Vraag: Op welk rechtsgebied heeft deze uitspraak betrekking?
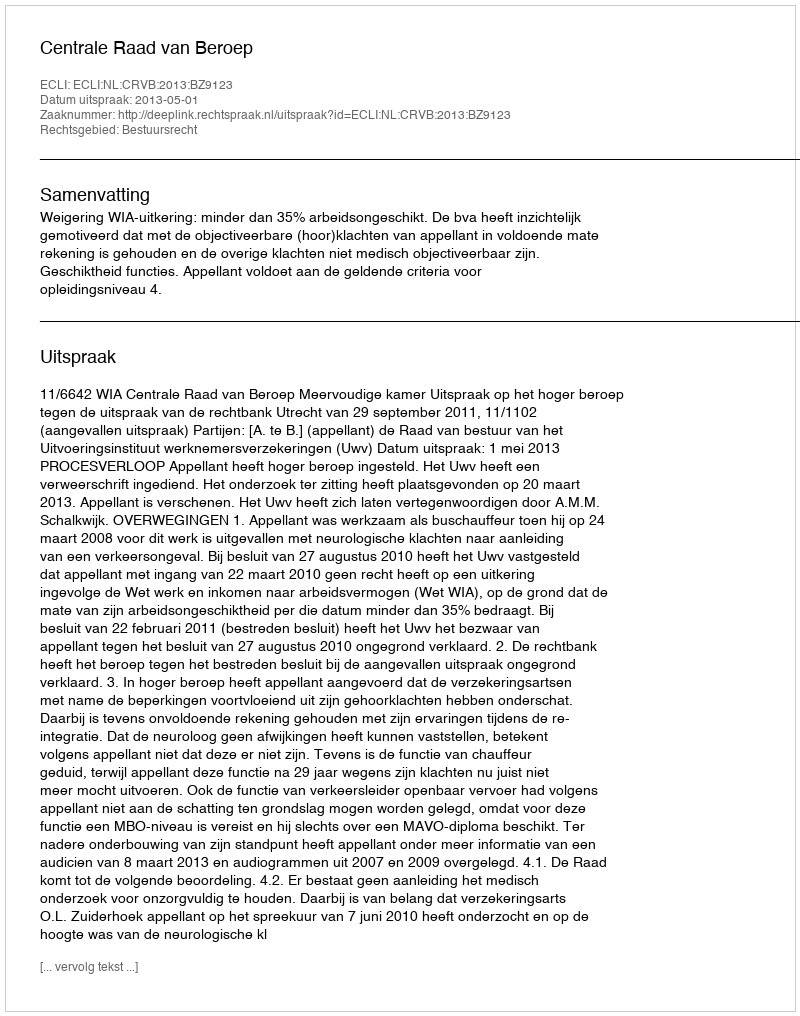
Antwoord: Bestuursrecht